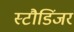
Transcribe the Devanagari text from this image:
स्टौडिंजर